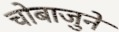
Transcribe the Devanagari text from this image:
चाेबाजुने